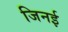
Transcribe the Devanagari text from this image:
जिनई